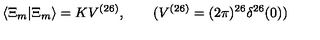
\langle \Xi _ { m } | \Xi _ { m } \rangle = K V ^ { ( 2 6 ) } , \qquad ( V ^ { ( 2 6 ) } = ( 2 \pi ) ^ { 2 6 } \delta ^ { 2 6 } ( 0 ) )